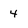
Character: 4